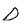
Character: D